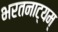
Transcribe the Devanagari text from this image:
भरतनाट्यम्‌